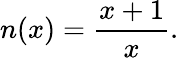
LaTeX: n(x)=\frac{x+1}{x}.